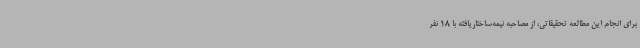
برای انجام این مطالعه تحقیقاتی، از مصاحبه نیمه‌ساختاریافته با 18 نفر